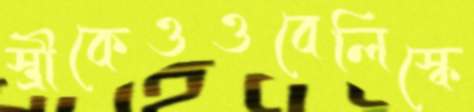
স্ত্রীকেওওবেলিস্কে